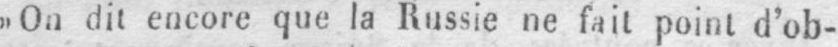
„On dit encore que la Russie ne fait point d’ob-